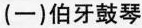
（一）伯牙鼓琴